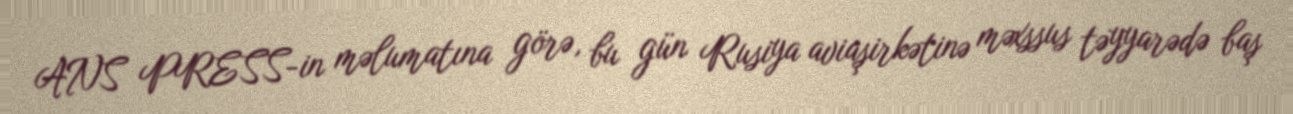
ANS PRESS-in məlumatına görə, bu gün Rusiya aviaşirkətinə məxssus təyyarədə baş